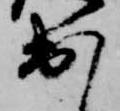
出